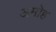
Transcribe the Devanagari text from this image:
अमोह